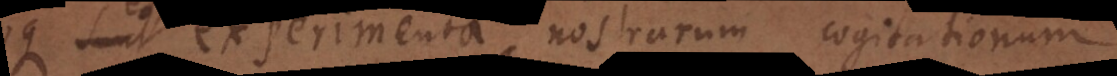
quoque sunt experimenta nostrarum cogitationum